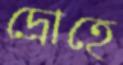
দ্রোহে